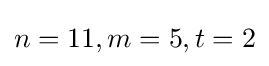
n=11,m=5,t=2